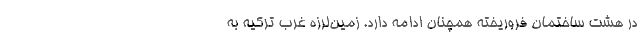
در هشت ساختمان فروریخته همچنان ادامه دارد. زمین‌لرزه غرب ترکیه به